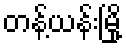
တန့်ယန်းမြို့